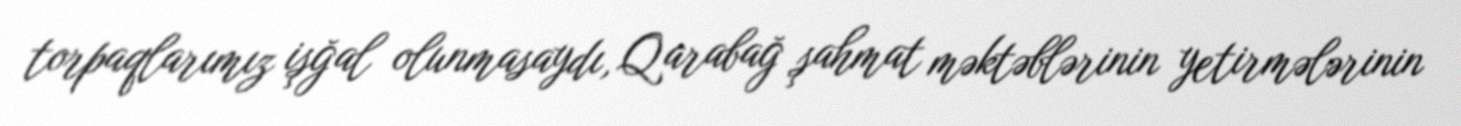
torpaqlarımız işğal olunmasaydı, Qarabağ şahmat məktəblərinin yetirmələrinin